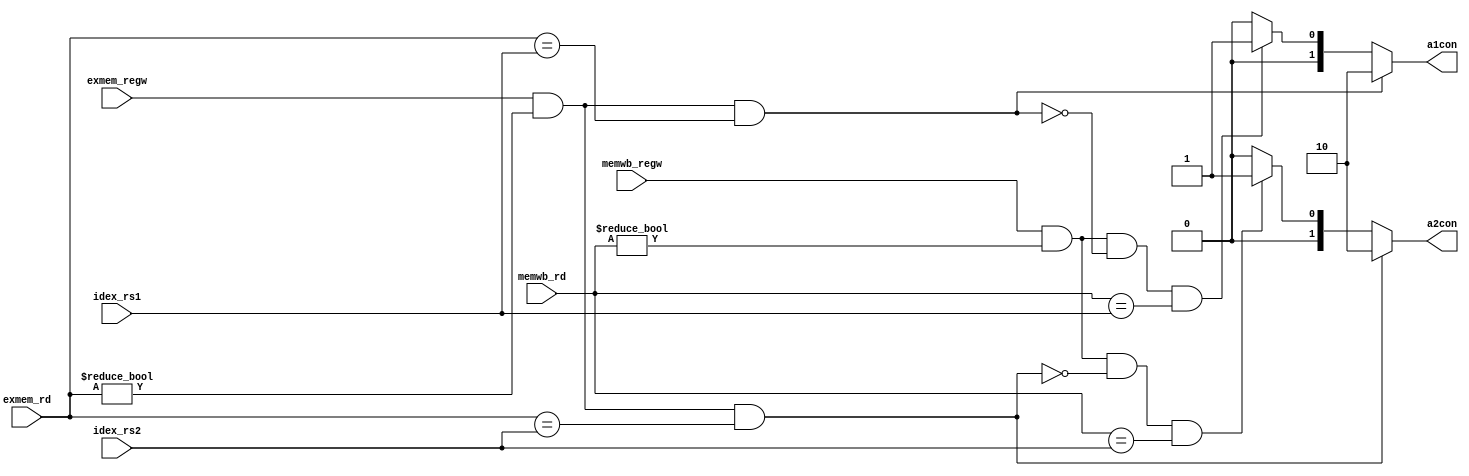
// Forwarding control

  module forcon( exmem_regw, exmem_rd, idex_rs1, idex_rs2, memwb_regw, memwb_rd, a1con, a2con);

  	input exmem_regw, memwb_regw;
  	input [4:0] exmem_rd, idex_rs1, idex_rs2, memwb_rd;
  	output reg [1:0] a1con, a2con;
  	//output wrdatacon;

  	always@(*) begin

  		if(exmem_regw & (exmem_rd != 0) & (exmem_rd == idex_rs1)) begin
  			a1con <= 2'b10;
			end

  		else if(memwb_regw & (memwb_rd != 0) & !(exmem_regw & (exmem_rd != 0)& (exmem_rd == idex_rs1)) & (memwb_rd == idex_rs1))
  			a1con <= 2'b01;

  		else
  		    a1con <= 2'b00;

  		if(exmem_regw & (exmem_rd != 0) & (exmem_rd == idex_rs2))
  			a2con <= 2'b10;

  		else if(memwb_regw & (memwb_rd != 0) & !(exmem_regw & (exmem_rd != 0)& (exmem_rd == idex_rs2)) & (memwb_rd == idex_rs2))
  			a2con <= 2'b01;

  		else
  			a2con <= 2'b00;

  		//if(memwb_regw & (memwb_rd != 0) & !(exmem_regw & (exmem_rd != 0)& (exmem_rd == idex_rs2)) & (memwb_rd == idex_rs2))
  		//	wrdatacon <= 1;

  		//else 
  		//	wrdatacon <= 0;

  	end
  endmodule